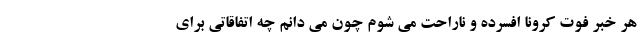
هر خبر فوت کرونا افسرده و ناراحت می شوم چون می دانم چه اتفاقاتی برای